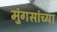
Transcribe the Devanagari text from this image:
मुंगसांच्या